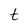
Character: t